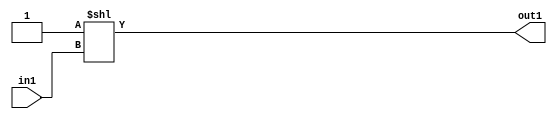
`timescale 1ps / 1ps
/*****************************************************************************
    Verilog RTL Description
    
    
    Created by: Stratus DpOpt 2019.1.01 
*******************************************************************************/

module feature_write_addr_gen_DECODE_2U_29_4_0 (
	in1,
	out1
	); /* architecture "behavioural" */ 
input  in1;
output [1:0] out1;
wire [1:0] asc001;

assign asc001 = 2'B01 << in1;

assign out1 = asc001;
endmodule

/* CADENCE  urnySwA= : u9/ySgnWtBlWxVPRXgAZ4Og= ** DO NOT EDIT THIS LINE ******/